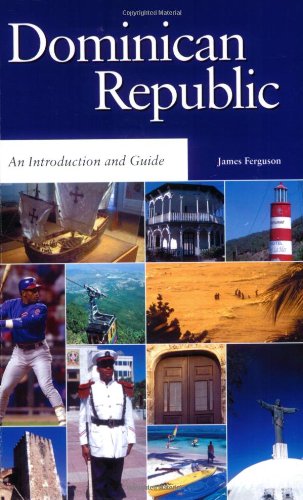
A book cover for The Dominican Republic: An Introduction and Guide (Macmillan Caribbean Guides); James Ferguson; Travel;